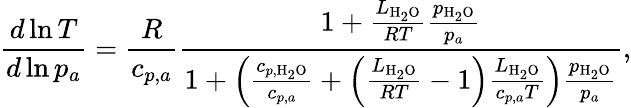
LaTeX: \frac{d\ln{T}}{d\ln{p_{a}}}=\frac{R}{c_{p,a}}\frac{1+\frac{L_{\mathrm{H}_{2}\mathrm{O}}}{RT}\frac{p_{\mathrm{H}_{2}\mathrm{O}}}{p_{a}}}{1+\left(\frac{c_{p,\mathrm{H}_{2}\mathrm{O}}}{c_{p,a}}+\left(\frac{L_{\mathrm{H}_{2}\mathrm{O}}}{RT}-1\right)\frac{L_{\mathrm{H}_{2}\mathrm{O}}}{c_{p,a}T}\right)\frac{p_{\mathrm{H}_{2}\mathrm{O}}}{p_{a}}},